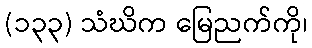
(၁၃၃) သံဃိက မြေညက်ကို၊